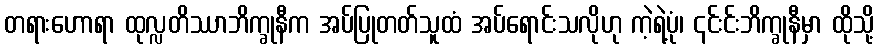
တရားဟောရာ ထုလ္လတိဿာဘိက္ခုနီက အပ်ပြုတတ်သူထံ အပ်ရောင်းသလိုဟု ကဲ့ရဲ့ပုံ၊ ၎င်းင်းဘိက္ခုနီမှာ ထိုသို့